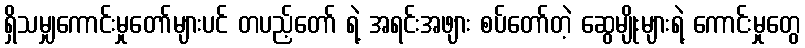
ရှိသမျှကောင်းမှုတော်များပင် တပည့်တော် ရဲ့ အရင်းအဖျား စပ်တော်တဲ့ ဆွေမျိုးများရဲ့ ကောင်းမှုတွေ